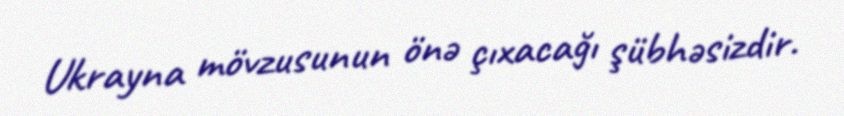
Ukrayna mövzusunun önə çıxacağı şübhəsizdir.